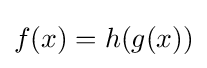
f(x)=h(g(x))